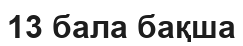
13 бала бақша